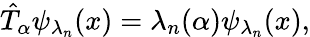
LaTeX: \hat{T}_{\alpha}\psi_{\lambda_{n}}(x)=\lambda_{n}(\alpha)\psi_{\lambda_{n}}(x),